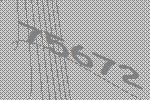
75672